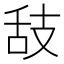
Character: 𦧉